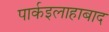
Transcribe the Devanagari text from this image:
पार्कइलाहाबाद